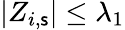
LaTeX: |Z_{i,\mathsf{s}}|\leq\lambda_{1}